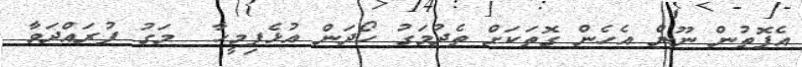
އެފޮތުން ނޫން އެހެން ގޮތަކަށް ތެދުމަގު ހޯދަން އުޅެފިމީހާ  މަގު ފުރައްދަވާ